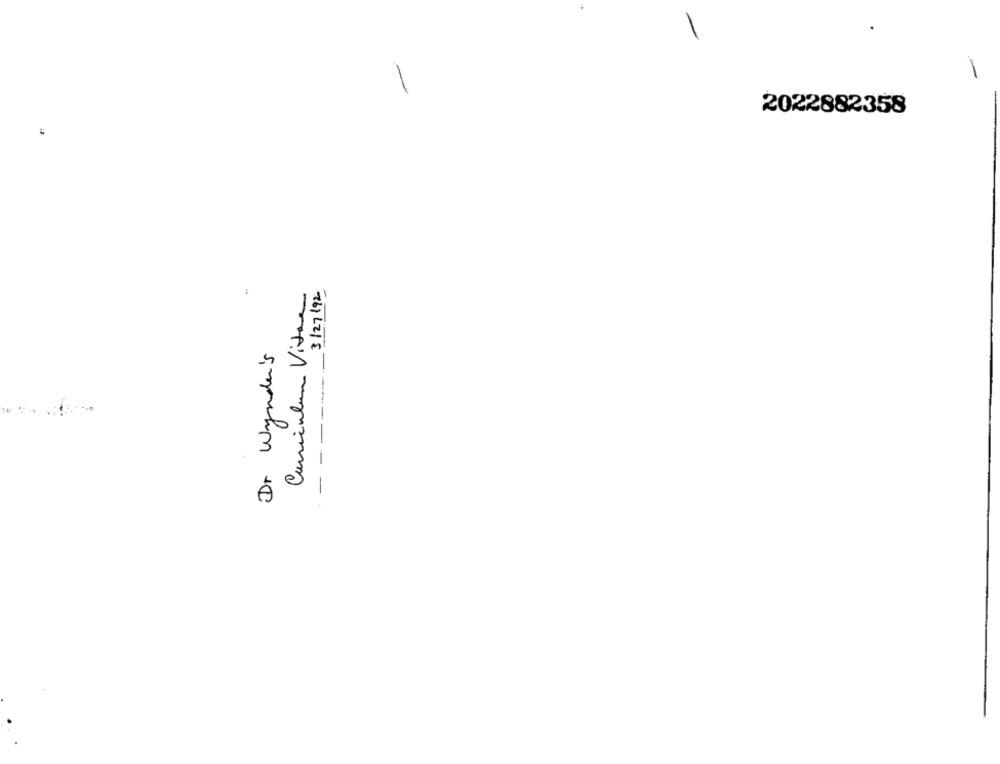
-
2022882358
..
Cuminhan Vitre
3/27/92
Dr Wynden's
-------